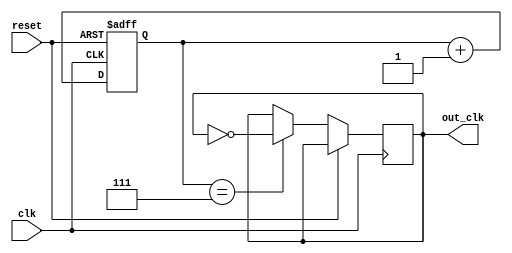
module johnson_counter_clock_divider(
    input wire clk,
    input wire reset,
    output reg out_clk
);

reg [3:0] count;

always @(posedge clk or posedge reset) begin
    if (reset) begin
        count <= 4'b0000;
    end else begin
        count <= count + 1;
        if (count == 4'd7) begin
            out_clk <= ~out_clk;
        end
    end
end

endmodule